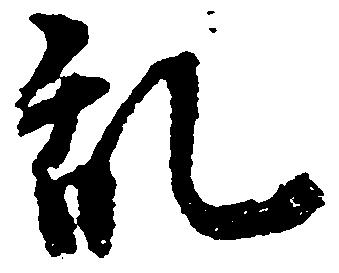
乱